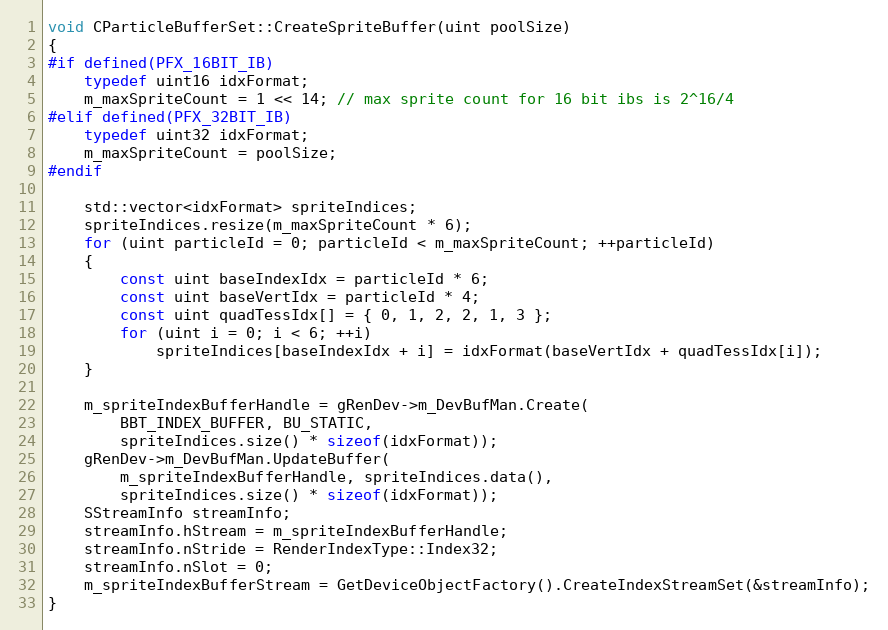
Language: C++
void CParticleBufferSet::CreateSpriteBuffer(uint poolSize)
{
#if defined(PFX_16BIT_IB)
	typedef uint16 idxFormat;
	m_maxSpriteCount = 1 << 14; // max sprite count for 16 bit ibs is 2^16/4
#elif defined(PFX_32BIT_IB)
	typedef uint32 idxFormat;
	m_maxSpriteCount = poolSize;
#endif

	std::vector<idxFormat> spriteIndices;
	spriteIndices.resize(m_maxSpriteCount * 6);
	for (uint particleId = 0; particleId < m_maxSpriteCount; ++particleId)
	{
		const uint baseIndexIdx = particleId * 6;
		const uint baseVertIdx = particleId * 4;
		const uint quadTessIdx[] = { 0, 1, 2, 2, 1, 3 };
		for (uint i = 0; i < 6; ++i)
			spriteIndices[baseIndexIdx + i] = idxFormat(baseVertIdx + quadTessIdx[i]);
	}

	m_spriteIndexBufferHandle = gRenDev->m_DevBufMan.Create(
		BBT_INDEX_BUFFER, BU_STATIC,
		spriteIndices.size() * sizeof(idxFormat));
	gRenDev->m_DevBufMan.UpdateBuffer(
		m_spriteIndexBufferHandle, spriteIndices.data(),
		spriteIndices.size() * sizeof(idxFormat));
	SStreamInfo streamInfo;
	streamInfo.hStream = m_spriteIndexBufferHandle;
	streamInfo.nStride = RenderIndexType::Index32;
	streamInfo.nSlot = 0;
	m_spriteIndexBufferStream = GetDeviceObjectFactory().CreateIndexStreamSet(&streamInfo);
}